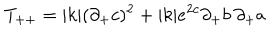
T _ { + + } = | k | ( \partial _ { + } c ) ^ { 2 } + | k | e ^ { 2 c } \partial _ { + } b \: \partial _ { + } a